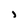
Character: J